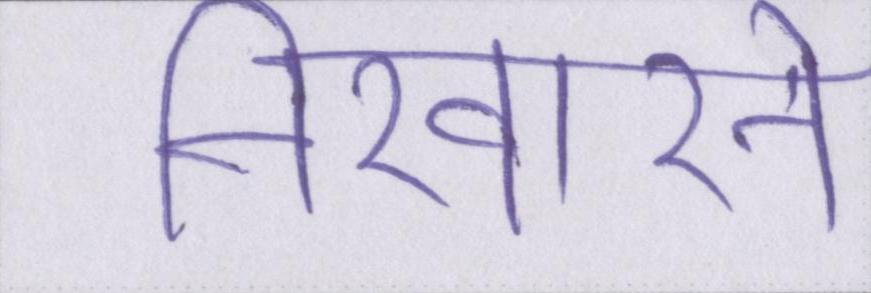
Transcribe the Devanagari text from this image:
निखारने